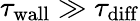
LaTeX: \tau_{\mathrm{wall}}\gg\tau_{\mathrm{diff}}